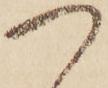
つ